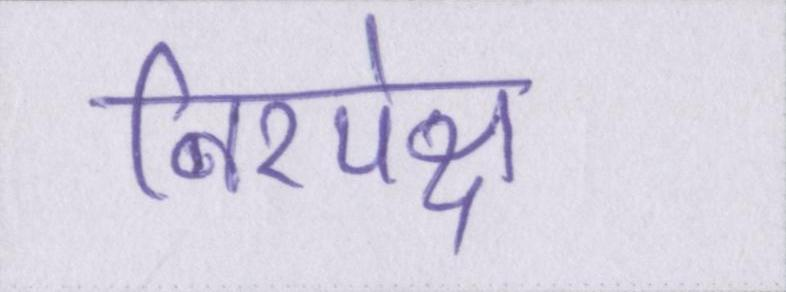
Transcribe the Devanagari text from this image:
निरपेक्ष